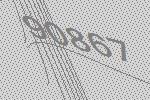
90867